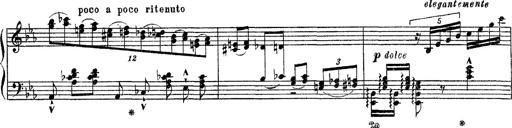
Title: Apparitions
Composer: Franz Liszt